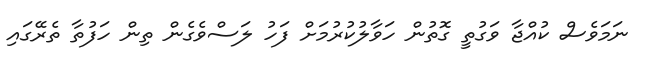
ނަމަވެސް ކުއްޖާ ވަގުތީ ގޮތުން ހަވާލުކުރުމަށް ފަހު ލަސްވެގެން ތިން ހަފުތާ ތެރޭގައި